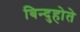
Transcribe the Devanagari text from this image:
बिन्दुहोते